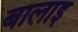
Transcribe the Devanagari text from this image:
बालाइ